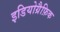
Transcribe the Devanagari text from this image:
इडियोग्रैफ़िक